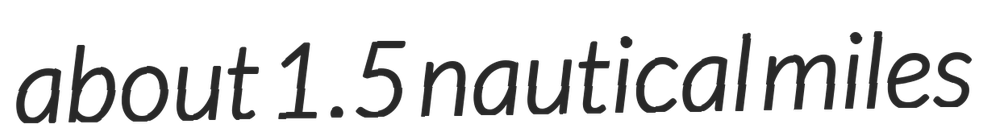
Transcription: about 1.5 nautical miles